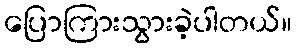
ပြောကြားသွားခဲ့ပါတယ်။